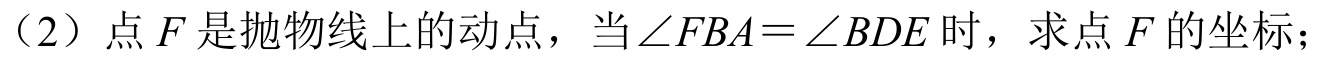
（2）点\(F\)是抛物线上的动点，当\(\angle FBA=\angle BDE\)时，求点\(F\)的坐标；